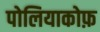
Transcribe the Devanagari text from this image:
पोलियाकोफ़